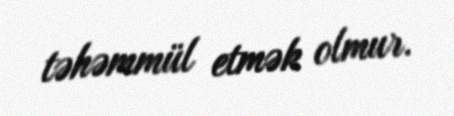
təhəmmül etmək olmur.